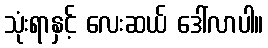
သုံးရာနှင့် လေးဆယ် ဒေါ်လာပါ။